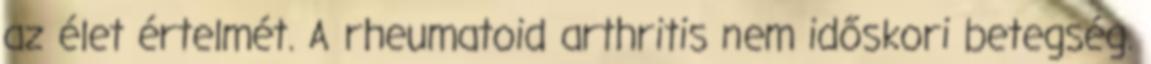
az élet értelmét. A rheumatoid arthritis nem időskori betegség.